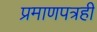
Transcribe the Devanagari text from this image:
प्रमाणपत्रही